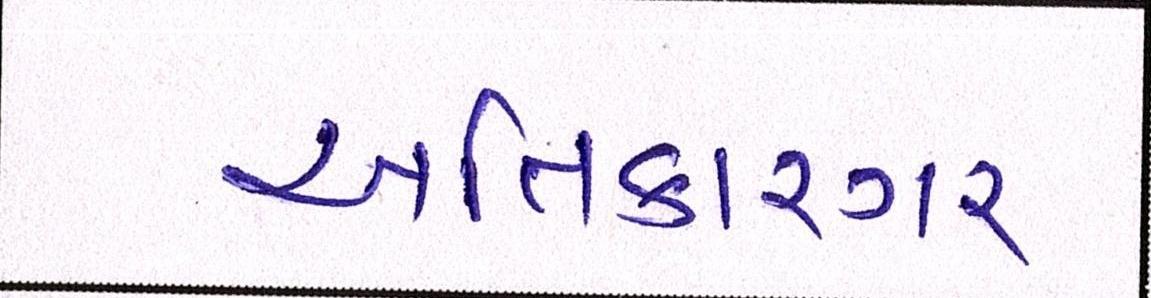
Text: અતિકારગર